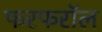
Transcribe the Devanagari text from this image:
फरफरॉल